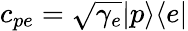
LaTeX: c_{pe}=\sqrt{\gamma_{e}}|p\rangle\langle e|